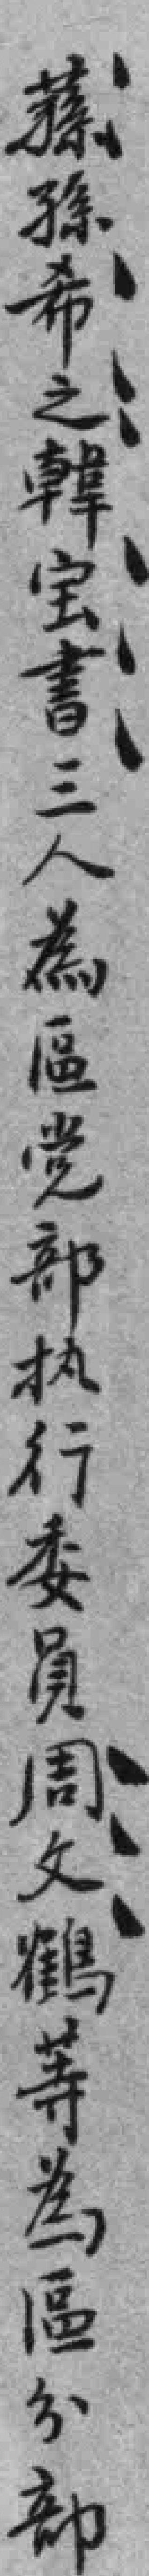
蓀孫希之韓宝書三人為區党部执行委員周文鹤等為區分部